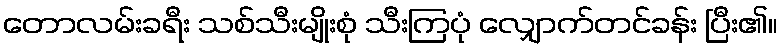
တောလမ်းခရီး သစ်သီးမျိုးစုံ သီးကြပုံ လျှောက်တင်ခန်း ပြီး၏။